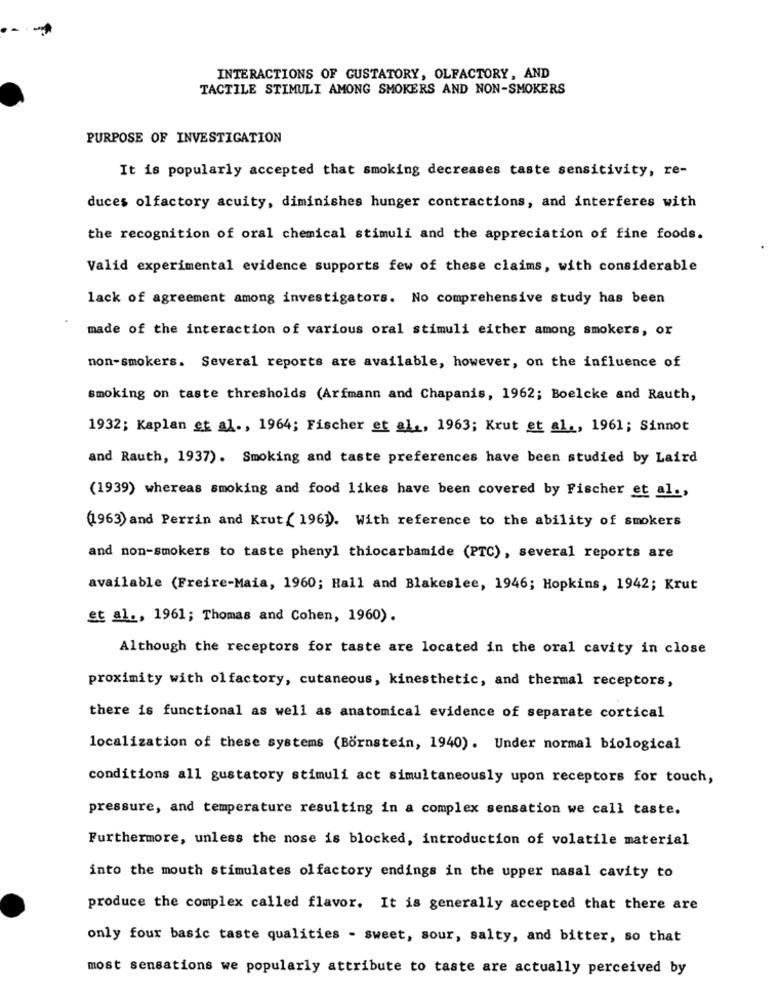
INTERACTIONS OF GUSTATORY, OLFACTORY, AND
TACTILE STIMULI AMONG SMOKERS AND NON-SMOKERS
PURPOSE OF INVESTIGATION
It is popularly accepted that smoking decreases taste sensitivity, re-
duces olfactory acuity, diminishes hunger contractions, and interferes with
the recognition of oral chemical stimuli and the appreciation of fine foods.
Valid experimental evidence supports few of these claims, with considerable
lack of agreement among investigators. No comprehensive study has been
made of the interaction of various oral stimuli either among smokers, or
non-smokers. Several reports are available, however, on the influence of
smoking on taste thresholds (Arfmann and Chapanis, 1962; Boelcke and Rauth,
1932; Kaplan et al ., 1964; Fischer et al ., 1963; Krut et al ., 1961; Sinnot
and Rauth, 1937). Smoking and taste preferences have been studied by Laird
(1939) whereas smoking and food likes have been covered by Fischer et al .,
1963) and Perrin and Krut ( 196)). With reference to the ability of smokers
and non-smokers to taste phenyl thiocarbamide (PTC), several reports are
available (Freire-Maia, 1960; Hall and Blakeslee, 1946; Hopkins, 1942; Krut
et al ., 1961; Thomas and Cohen, 1960).
Although the receptors for taste are located in the oral cavity in close
proximity with olfactory, cutaneous, kinesthetic, and thermal receptors,
there is functional as well as anatomical evidence of separate cortical
localization of these systems (Bornstein, 1940). Under normal biological
conditions all gustatory stimuli act simultaneously upon receptors for touch,
pressure, and temperature resulting in a complex sensation we call taste.
Furthermore, unless the nose is blocked, introduction of volatile material
into the mouth stimulates olfactory endings in the upper nasal cavity to
produce the complex called flavor. It is generally accepted that there are
only four basic taste qualities - sweet, sour, salty, and bitter, so that
most sensations we popularly attribute to taste are actually perceived by